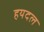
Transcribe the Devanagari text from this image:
हयदल